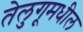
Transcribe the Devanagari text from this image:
तेलुगूमधील